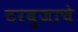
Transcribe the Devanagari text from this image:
टरबुजाचे